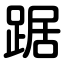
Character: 踞